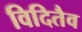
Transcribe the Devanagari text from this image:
विदितैव